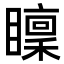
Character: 𥋶